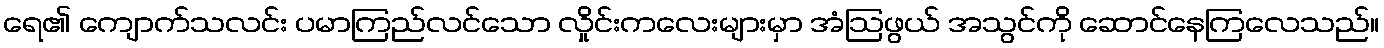
ရေ၏ ကျောက်သလင်း ပမာကြည်လင်သော လှိုင်းကလေးများမှာ အံဩဖွယ် အသွင်ကို ဆောင်နေကြလေသည်။